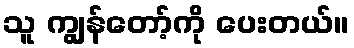
သူ ကျွန်တော့်ကို ပေးတယ်။